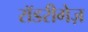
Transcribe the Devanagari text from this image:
रॉडरीगेज़